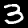
Label: 3